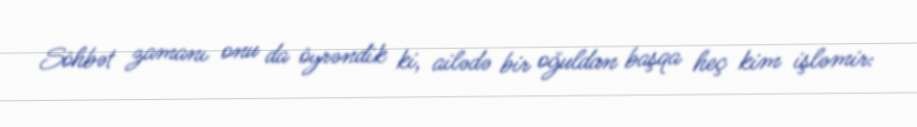
Söhbət zamanı onu da öyrəndik ki, ailədə bir oğuldan başqa heç kim işləmir: